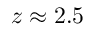
z \approx 2 . 5